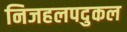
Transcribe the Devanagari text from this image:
निजहलपदुकल